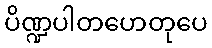
ပိဏ္ဍပါတဟေတုပေ